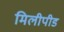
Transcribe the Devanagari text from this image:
मिलीपीड